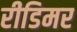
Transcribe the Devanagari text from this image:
रीडिमर